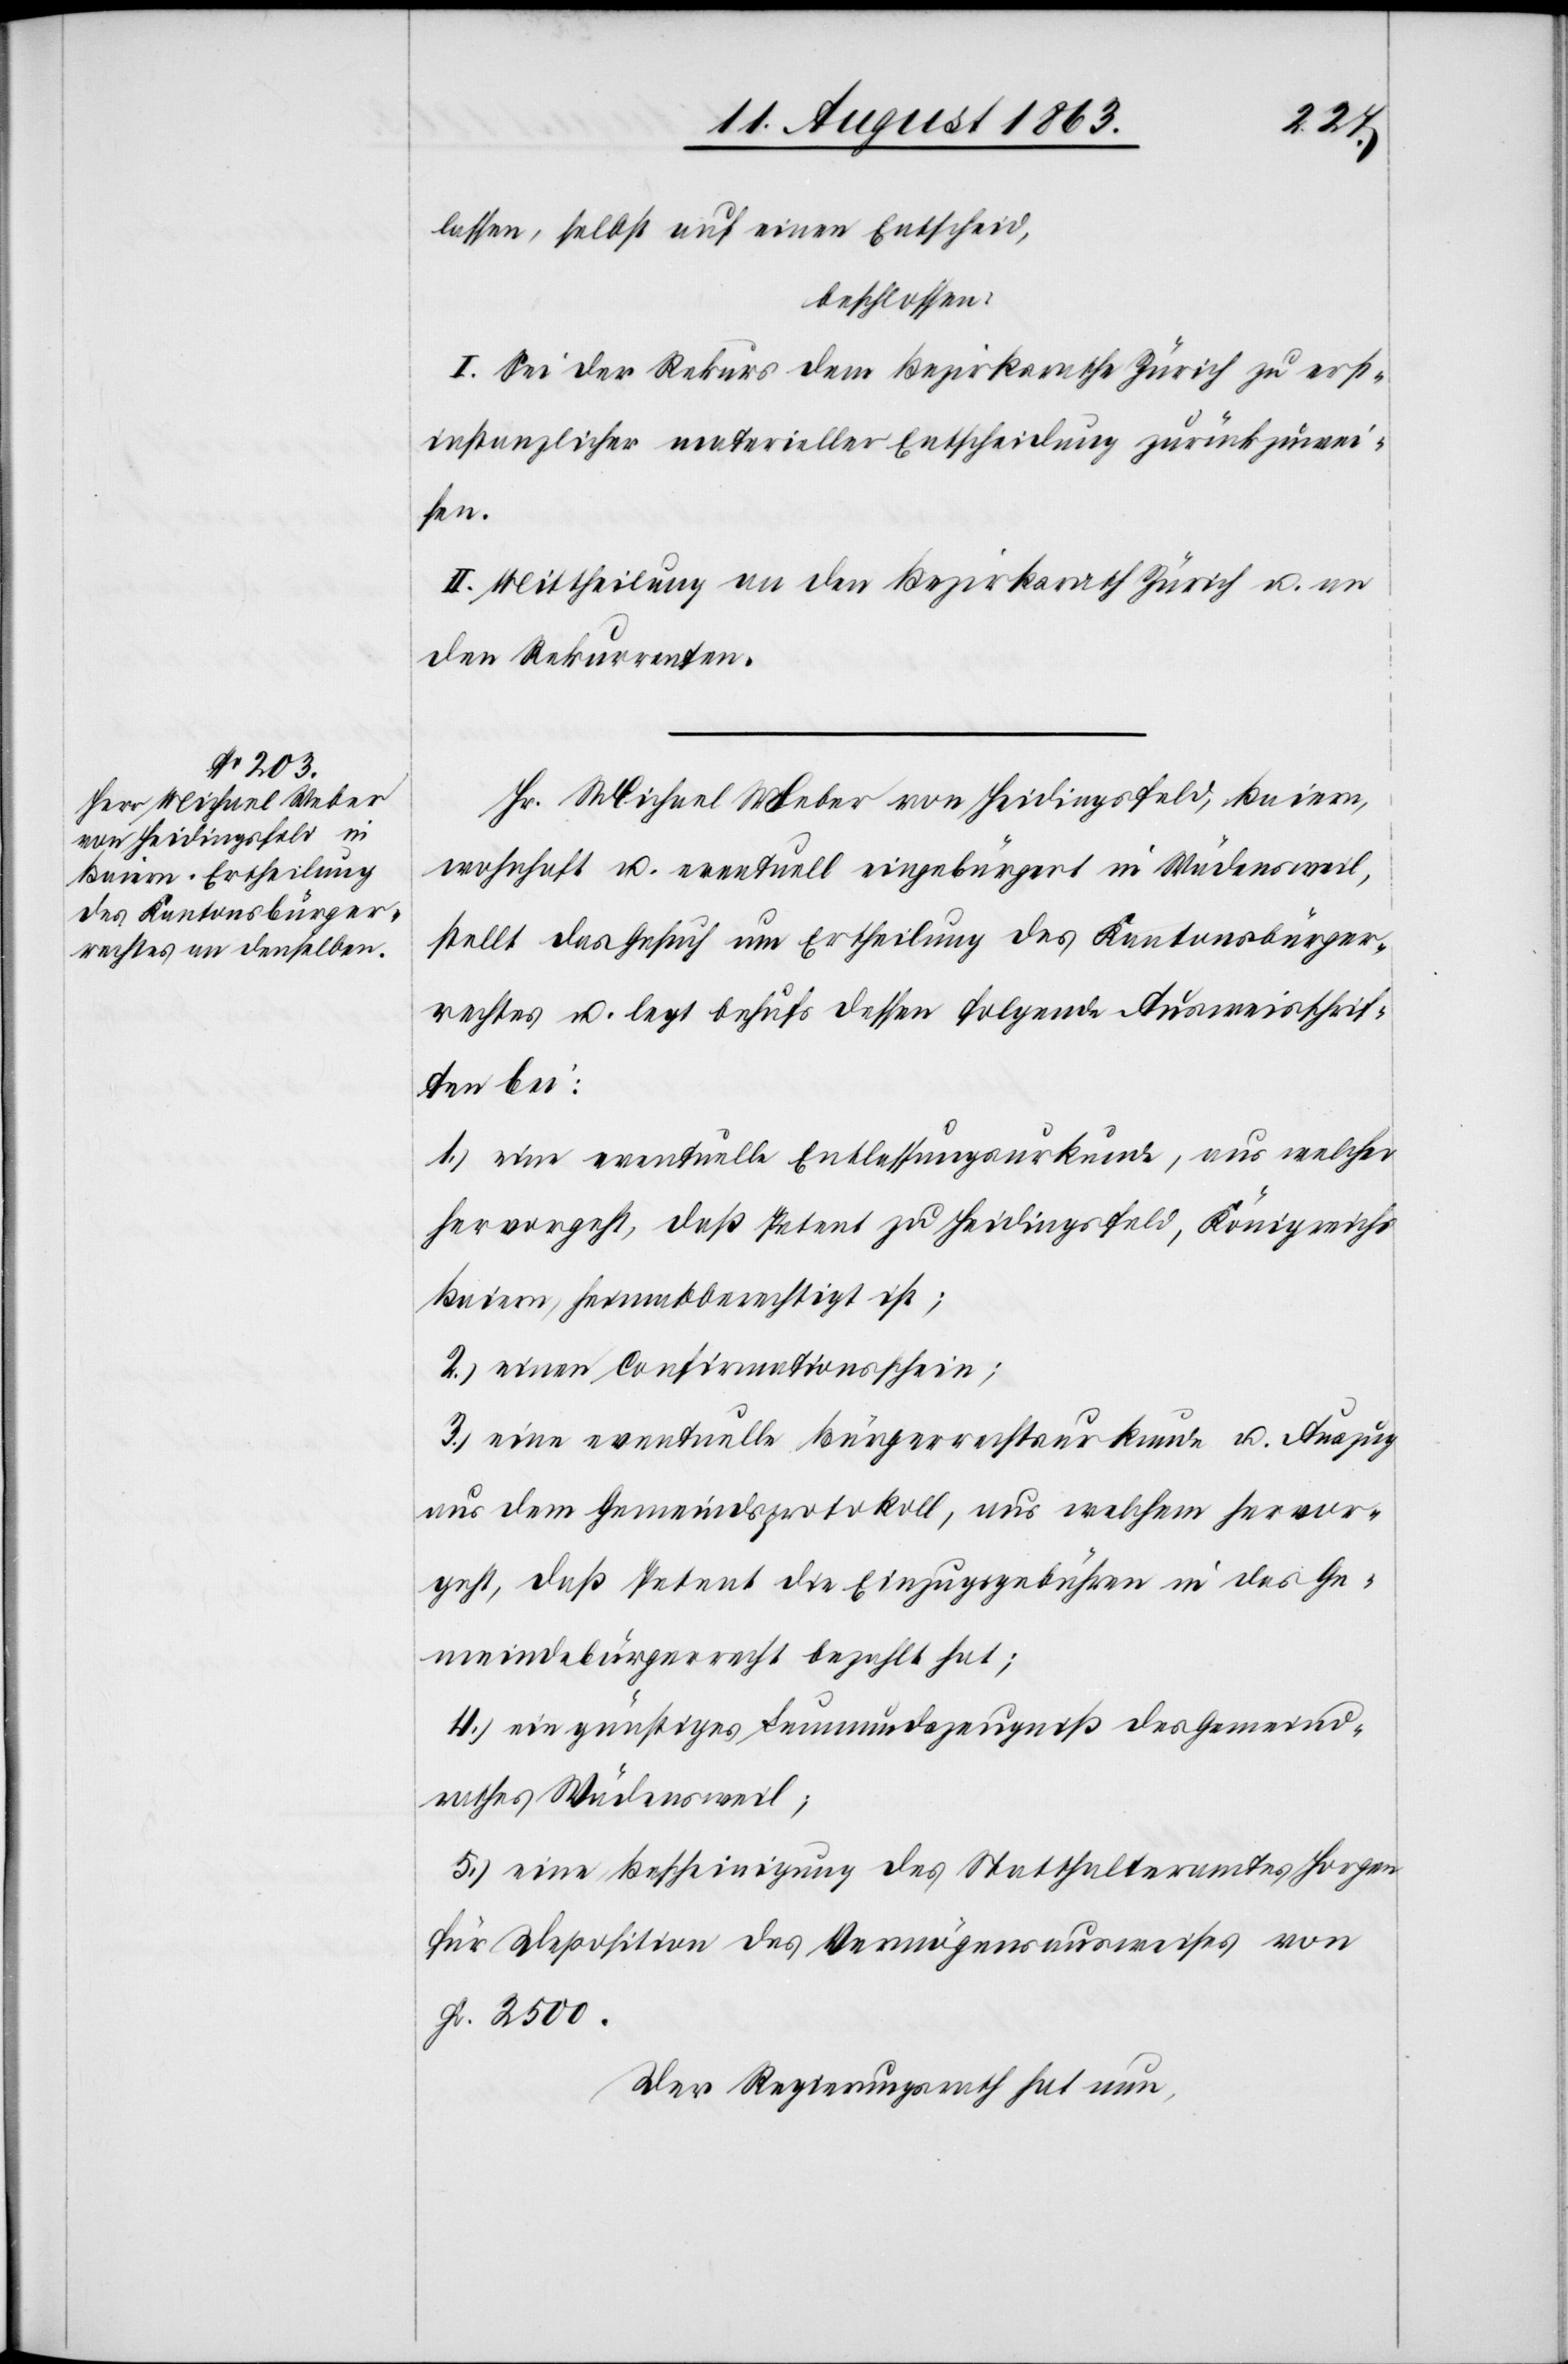
lassen, selbst auf einen Entscheid,
beschlossen:
I. Sei der Rekurs dem Bezirksrathe Zürich zu erst¬
instanzlicher materieller Entscheidung zurückzuwei¬
sen.
II. Mittheilung an den Bezirksrath Zürich u. an
den Rekurrenten.
Hr. Michael Weber von Heidingsfeld, Baiern,
wohnhaft u. eventuell eingebürgert in Wädensweil,
stellt das Gesuch um Ertheilung des Kantonsbürger¬
rechtes u. legt behufs dessen folgende Ausweisschrif¬
ten bei:
1.) eine eventuelle Entlassungsurkunde, aus welcher
hervorgeht, daß Petent zu Heidingsfeld, Königreichs
Baiern, heimatberechtigt ist;
2.) einen Confirmationsschein;
3.) eine eventuelle Bürgerrechtsurkunde u. Auszug
aus dem Gemeindsprotokoll, aus welchem hervor¬
geht, daß Petent die Einzugsgebühren in das Ge¬
meindebürgerrecht bezahlt hat;
4.) ein günstiges Leumundszeugniß des Gemeind¬
rathes Wädensweil;
5.) eine Bescheinigung des Statthalteramtes Horgen
für Deposition des Vermögensausweises von
Fr. 2500.
Der Regierungsrath hat nun,